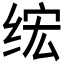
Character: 𫟄